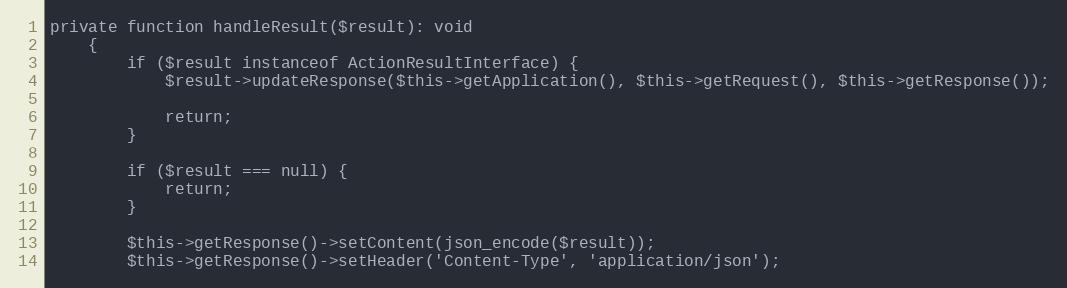
Language: PHP
private function handleResult($result): void
    {
        if ($result instanceof ActionResultInterface) {
            $result->updateResponse($this->getApplication(), $this->getRequest(), $this->getResponse());

            return;
        }

        if ($result === null) {
            return;
        }

        $this->getResponse()->setContent(json_encode($result));
        $this->getResponse()->setHeader('Content-Type', 'application/json');